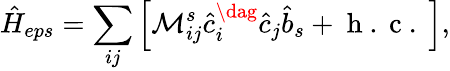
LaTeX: \hat{H}_{eps}=\sum_{ij}\left[\mathcal{M}_{ij}^{s}\hat{c}_{i}^{\dag}\hat{c}_{j}\hat{b}_{s}+\mathrm{~h~.~c~.~}\right],